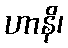
ဟာနိ၊